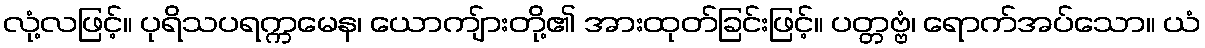
လုံ့လဖြင့်။ ပုရိသပရက္ကမေန၊ ယောကျ်ားတို့၏ အားထုတ်ခြင်းဖြင့်။ ပတ္တဗ္ဗံ၊ ရောက်အပ်သော။ ယံ